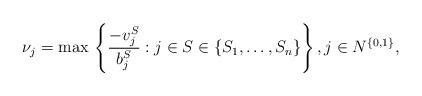
LaTeX: \begin{align*}\nu_j = \max \, \left\{\frac{- v^{S}_j}{b^S_j}: j \in S \in \{S_1, \ldots, S_n\}\right\}, j \in N^{\{0, 1\}},\end{align*}